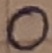
Text: O